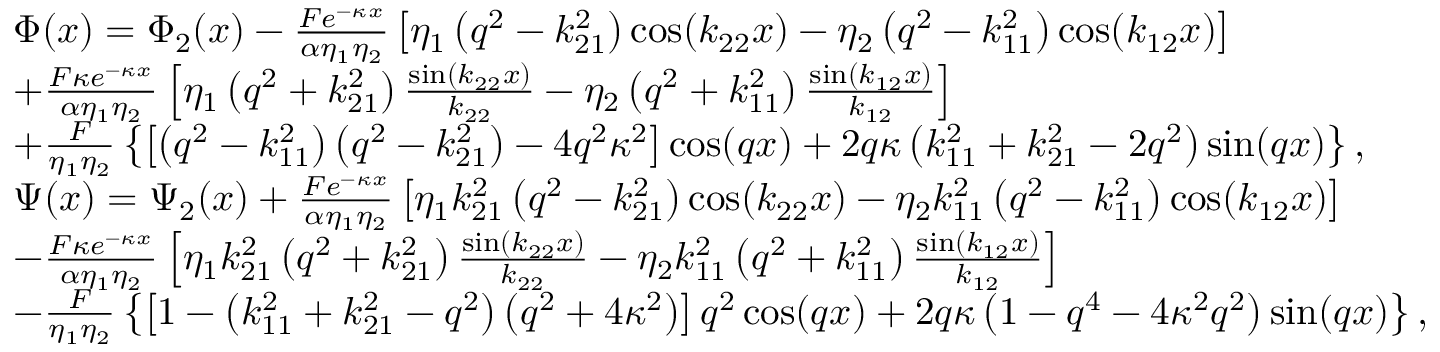
\begin{array} { r l } & { \Phi ( x ) = { \Phi _ { 2 } } ( x ) - \frac { { F { e ^ { - \kappa x } } } } { { \alpha { \eta _ { 1 } } { \eta _ { 2 } } } } \left[ { { \eta _ { 1 } } \left( { { q ^ { 2 } } - k _ { 2 1 } ^ { 2 } } \right) \cos ( { k _ { 2 2 } } x ) - { \eta _ { 2 } } \left( { { q ^ { 2 } } - k _ { 1 1 } ^ { 2 } } \right) \cos ( { k _ { 1 2 } } x ) } \right] } \\ & { + \frac { { F \kappa { e ^ { - \kappa x } } } } { { \alpha { \eta _ { 1 } } { \eta _ { 2 } } } } \left[ { { \eta _ { 1 } } \left( { { q ^ { 2 } } + k _ { 2 1 } ^ { 2 } } \right) \frac { { \sin ( { k _ { 2 2 } } x ) } } { { { k _ { 2 2 } } } } - { \eta _ { 2 } } \left( { { q ^ { 2 } } + k _ { 1 1 } ^ { 2 } } \right) \frac { { \sin ( { k _ { 1 2 } } x ) } } { { { k _ { 1 2 } } } } } \right] } \\ & { + \frac { F } { { { \eta _ { 1 } } { \eta _ { 2 } } } } \left\{ { \left[ { \left( { { q ^ { 2 } } - k _ { 1 1 } ^ { 2 } } \right) \left( { { q ^ { 2 } } - k _ { 2 1 } ^ { 2 } } \right) - 4 { q ^ { 2 } } { \kappa ^ { 2 } } } \right] \cos ( q x ) + 2 q \kappa \left( { k _ { 1 1 } ^ { 2 } + k _ { 2 1 } ^ { 2 } - 2 { q ^ { 2 } } } \right) \sin ( q x ) } \right\} , } \\ & { \Psi ( x ) = { \Psi _ { 2 } } ( x ) + \frac { { F { { { e } } ^ { - \kappa x } } } } { { \alpha { \eta _ { 1 } } { \eta _ { 2 } } } } \left[ { { \eta _ { 1 } } k _ { 2 1 } ^ { 2 } \left( { { q ^ { 2 } } - k _ { 2 1 } ^ { 2 } } \right) \cos ( { k _ { 2 2 } } x ) - { \eta _ { 2 } } k _ { 1 1 } ^ { 2 } \left( { { q ^ { 2 } } - k _ { 1 1 } ^ { 2 } } \right) \cos ( { k _ { 1 2 } } x ) } \right] } \\ & { - \frac { { F \kappa { e ^ { - \kappa x } } } } { { \alpha { \eta _ { 1 } } { \eta _ { 2 } } } } \left[ { { \eta _ { 1 } } k _ { 2 1 } ^ { 2 } \left( { { q ^ { 2 } } + k _ { 2 1 } ^ { 2 } } \right) \frac { { \sin ( { k _ { 2 2 } } x ) } } { { { k _ { 2 2 } } } } - { \eta _ { 2 } } k _ { 1 1 } ^ { 2 } \left( { { q ^ { 2 } } + k _ { 1 1 } ^ { 2 } } \right) \frac { { \sin ( { k _ { 1 2 } } x ) } } { { { k _ { 1 2 } } } } } \right] } \\ & { - \frac { F } { { { \eta _ { 1 } } { \eta _ { 2 } } } } \left\{ { \left[ { 1 - \left( { k _ { 1 1 } ^ { 2 } + k _ { 2 1 } ^ { 2 } - { q ^ { 2 } } } \right) \left( { { q ^ { 2 } } + 4 { \kappa ^ { 2 } } } \right) } \right] { q ^ { 2 } } \cos ( q x ) + 2 q \kappa \left( { 1 - { q ^ { 4 } } - 4 { \kappa ^ { 2 } } { q ^ { 2 } } } \right) \sin ( q x ) } \right\} , } \end{array}